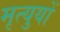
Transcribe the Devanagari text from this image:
मृत्युयों